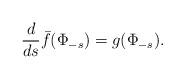
LaTeX: \begin{align*}\frac{d}{ds}\bar f(\Phi_{-s})=g(\Phi_{-s}).\end{align*}